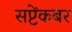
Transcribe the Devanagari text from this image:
सप्टेंकबर